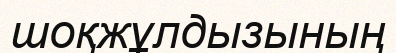
шоқжұлдызының